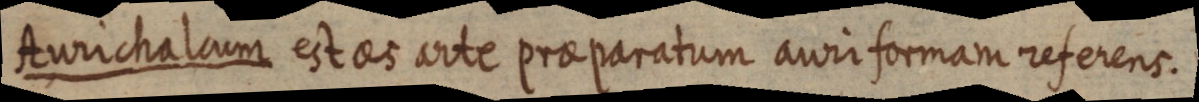
Aurichalcum est aes arte praeparatum auri formam referens.